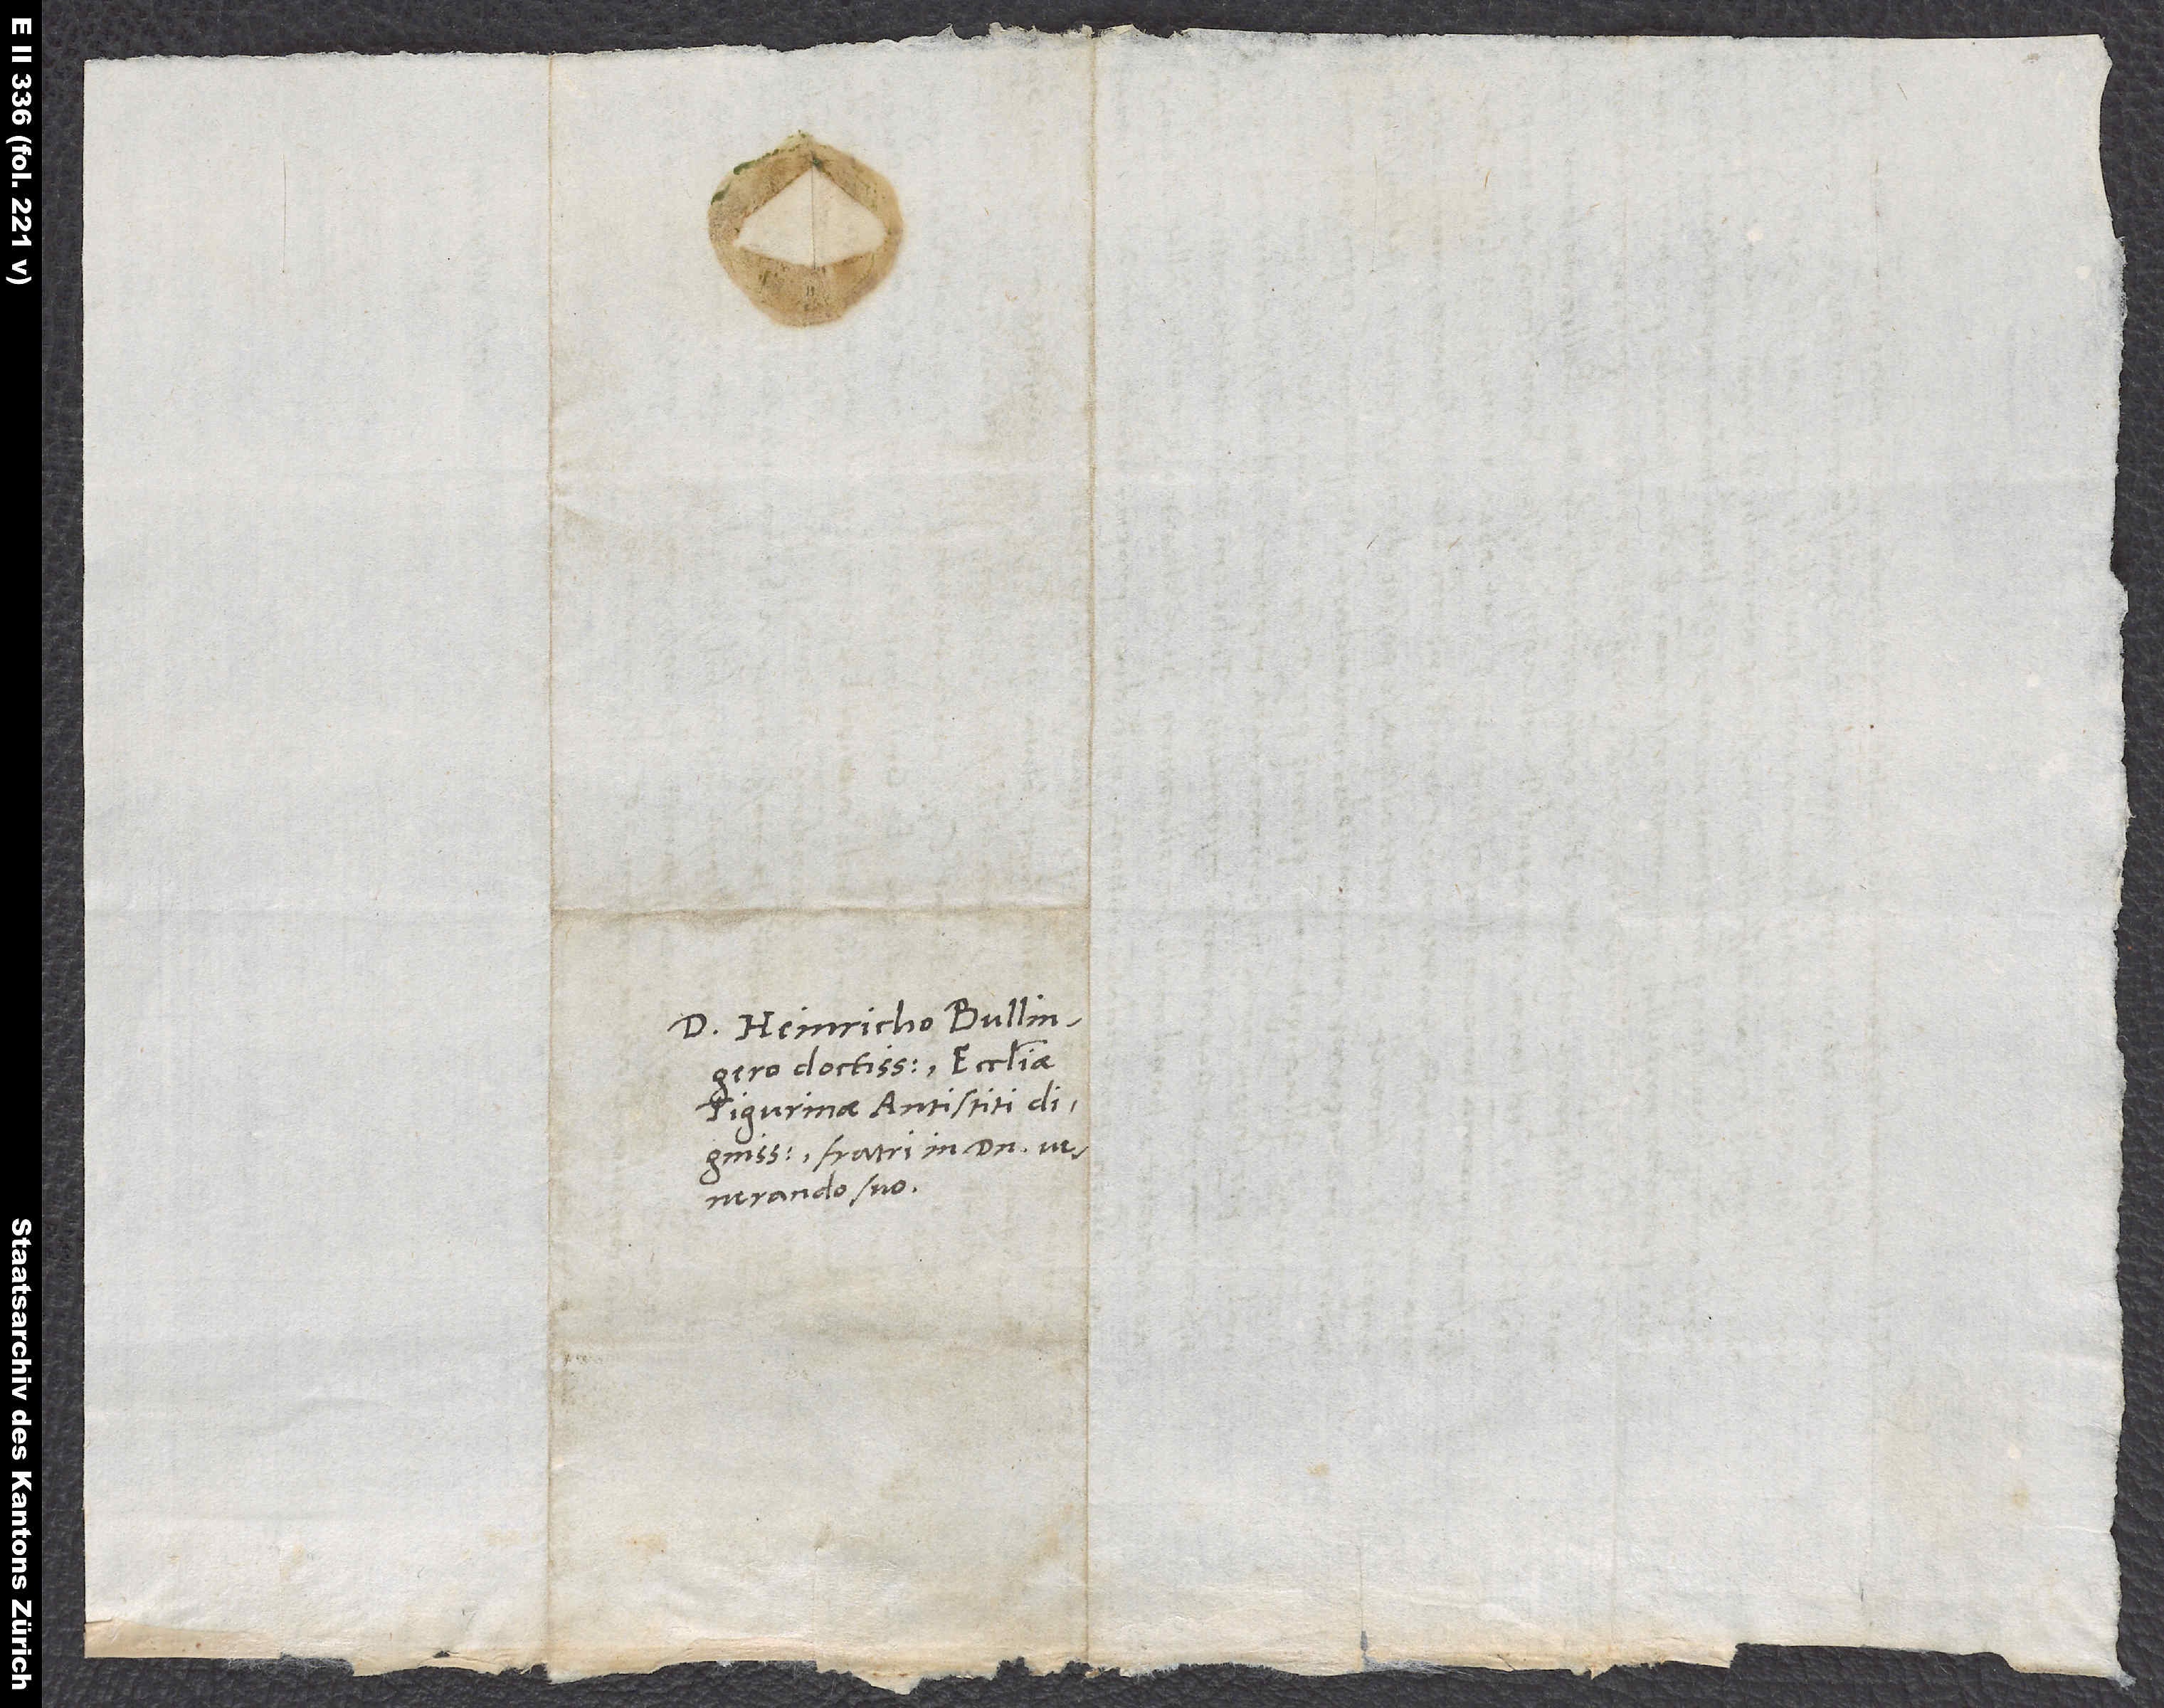
D. Heinricho Bullingero
doctissimo, ecclesiae
Tigurinae antistiti
dignissimo, fratri in domino
venerando suo.